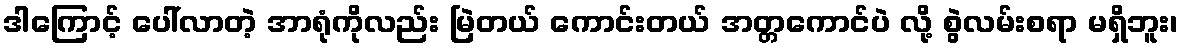
ဒါကြောင့် ပေါ်လာတဲ့ အာရုံကိုလည်း မြဲတယ် ကောင်းတယ် အတ္တကောင်ပဲ လို့ စွဲလမ်းစရာ မရှိဘူး၊